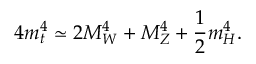
4 m _ { t } ^ { 4 } \simeq 2 M _ { W } ^ { 4 } + M _ { Z } ^ { 4 } + { \frac { 1 } { 2 } } m _ { H } ^ { 4 } .